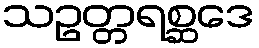
သဥတ္တရစ္ဆဒေ